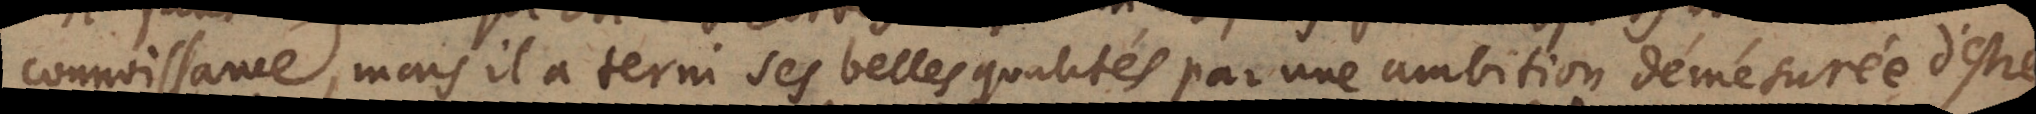
connoissance, mais il a terni ces belles qualités par une ambition démésurée d’estre